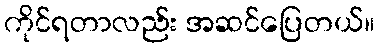
ကိုင်ရတာလည်း အဆင်ပြေတယ်။